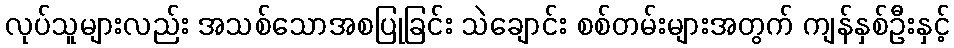
လုပ်သူများလည်း အသစ်သောအစပြုခြင်း သဲချောင်း စစ်တမ်းများအတွက် ကျန်နှစ်ဦးနှင့်